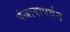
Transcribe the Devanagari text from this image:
पंजाबापर्यंत